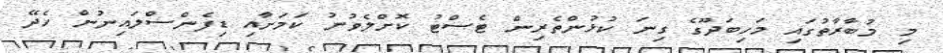
މި މުބާރާތުގައި މަހިބަދޫގެ ގިނަ ކުޅުންތެރިން ޓެސްޓު ކޮށްލެވުނު ކަމަށާއި ޑިފެންސްލައިނުން ހެދޭ